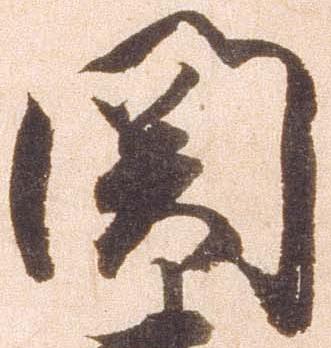
関